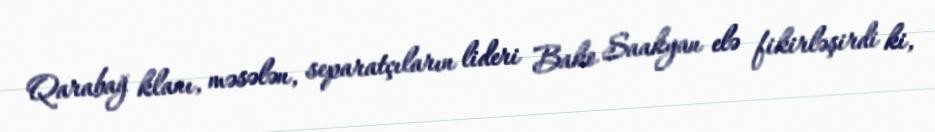
Qarabağ klanı, məsələn, separatçıların lideri Bako Saakyan elə fikirləşirdi ki,